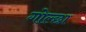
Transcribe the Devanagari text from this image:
गोल्छा